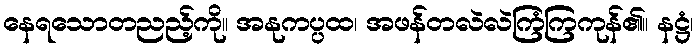
နေရသောတညည့်ကို။ အနုကပ္ပထ၊ အဖန်တလဲလဲကြံကြကုန်၏။ နဋ္ဌံ၊